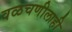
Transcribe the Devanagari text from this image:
वळचणीलाही